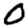
Digit: 0